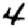
Digit: 4